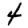
Digit: 4